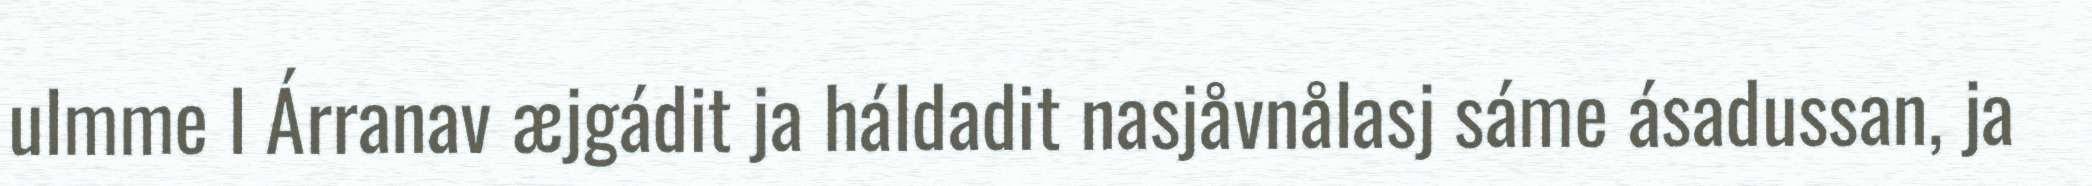
ulmme l Árranav æjgádit ja háldadit nasjåvnålasj sáme ásadussan, ja